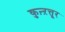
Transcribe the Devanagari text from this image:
कुऩ्ऱत्तूर